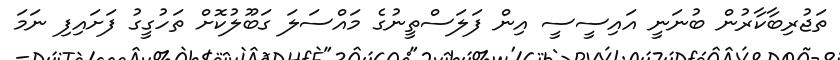
ތަޖުރިބާކާރުން ބުނަނީ އައިސީސީ އިން ފަލަސްތީނުގެ މައްސަލަ ގަބޫލުކޮށް ތަހުގީގު ފަށައިފި ނަމަ